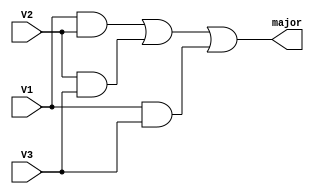

module majority (major, V1, V2, V3);

output major;
input V1, V2, V3;

wire N1, N2, N3;

and A0(N1, V1, V2),
    A1(N2, V2, V3),
    A2(N3, V1, V3);

or OrO(major,N1,N2,N3);

endmodule